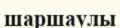
шаршаулы